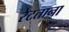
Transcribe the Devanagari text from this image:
रेटताना